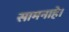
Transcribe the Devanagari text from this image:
सामनाहे।